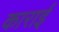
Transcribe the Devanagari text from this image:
काराई